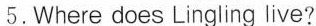
5.Where does Lingling live?